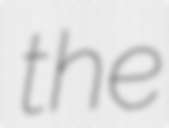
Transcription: the